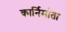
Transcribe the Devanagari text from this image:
कार्निर्माता